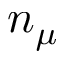
n _ { \mu }